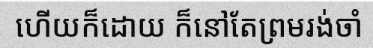
ហើយក៏ដោយ ក៏នៅតែព្រមរង់ចាំ